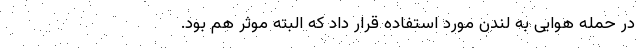
در حمله هوایی به لندن مورد استفاده قرار داد که البته موثر هم بود.